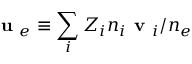
\textbf { u } _ { e } \equiv \sum _ { i } Z _ { i } n _ { i } \textbf { v } _ { i } / n _ { e }